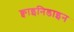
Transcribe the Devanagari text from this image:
क्वाइनिडाइन